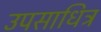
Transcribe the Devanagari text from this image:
उपसाधित्र